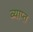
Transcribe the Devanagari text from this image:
ब्याप्त